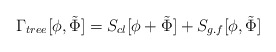
\begin{align*}\Gamma_{tree} [\phi, \tilde \Phi ] = S_{cl}[\phi +\tilde \Phi] + S_{g.f}[\phi, \tilde \Phi]\end{align*}